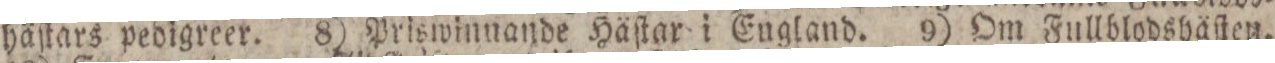
häſtars pedigreer. 8) Priswinnande Häſtar i England. 9) Om Fullblodshäſten.